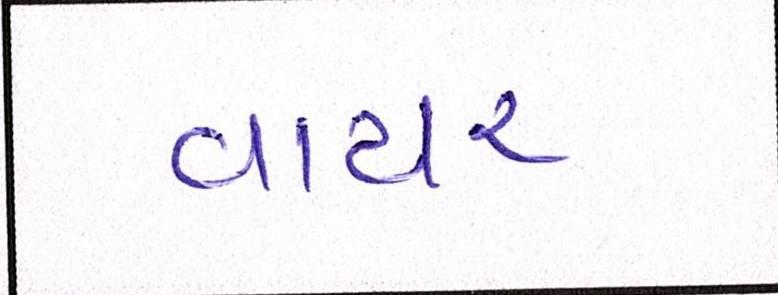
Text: વાયર